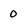
Character: o